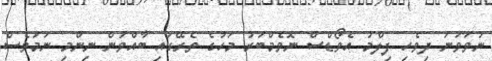
ނުވަވަނަ ދިވެހި ފިލްމު އެވޯޑްސް ނޮވެމްބަރު މަހުގެ ތެރޭގައި ބާއްވަން ނިންމި ނަމަވެސް